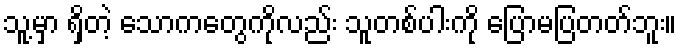
သူ့မှာ ရှိတဲ့ သောကတွေကိုလည်း သူတစ်ပါးကို ပြောမပြတတ်ဘူး။